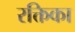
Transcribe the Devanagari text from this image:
रक्तिका